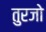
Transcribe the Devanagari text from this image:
तुरजो